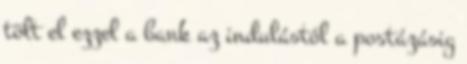
tölt el ezzel a bank az indulástól a postázásig